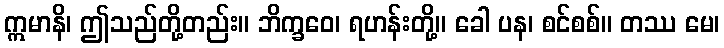
ဣမာနိ၊ ဤသည်တို့တည်း။ ဘိက္ခဝေ၊ ရဟန်းတို့။ ခေါ ပန၊ စင်စစ်။ တဿ မေ၊